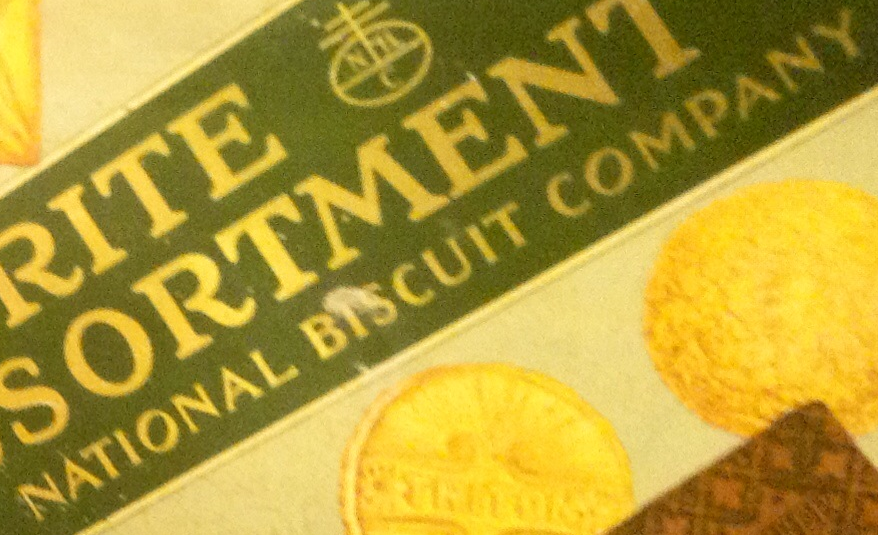
NATIONAL BISCUIT COMPANY